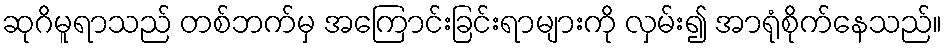
ဆုဂိမူရာသည် တစ်ဘက်မှ အကြောင်းခြင်းရာများကို လှမ်း၍ အာရုံစိုက်နေသည်။